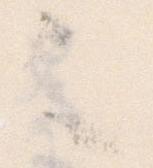
々